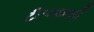
ટીપવાથી